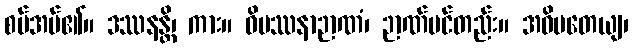
စပ်အပ်၏။ ဒဿနန္တိ၊ ကား။ ဝိပဿနာဉာဏံ၊ ဉာဏ်ပင်တည်း။ အဓိပတေယျ၊